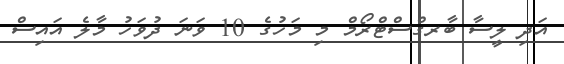
އަދި ލީސާ ބާރގްސްޓްރޯމް މި މަހުގެ 10 ވަނަ ދުވަހު މާލެ އައިސް